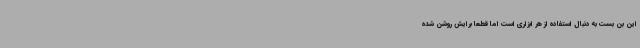
این بن بست به دنبال استفاده از هر ابزاری است اما قطعا برایش روشن شده